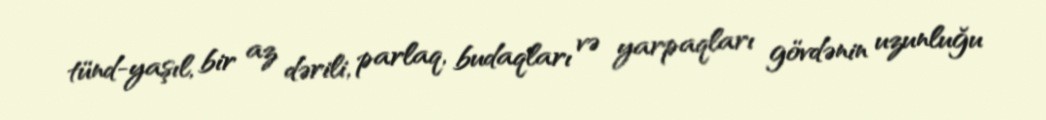
tünd-yaşıl, bir az dərili, parlaq, budaqları və yarpaqları gövdənin uzunluğu